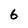
Character: 6